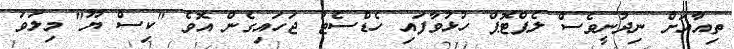
ތިއާއަށް ނިދުނީވެސް ލެޕްޓޮޕް ހުޅުވާފައި ހެޑްސެޓު ޖަހައިގެން އޮވެ "ކިސް ޔޫ" މިލަވަ